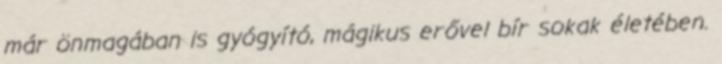
már önmagában is gyógyító, mágikus erővel bír sokak életében.